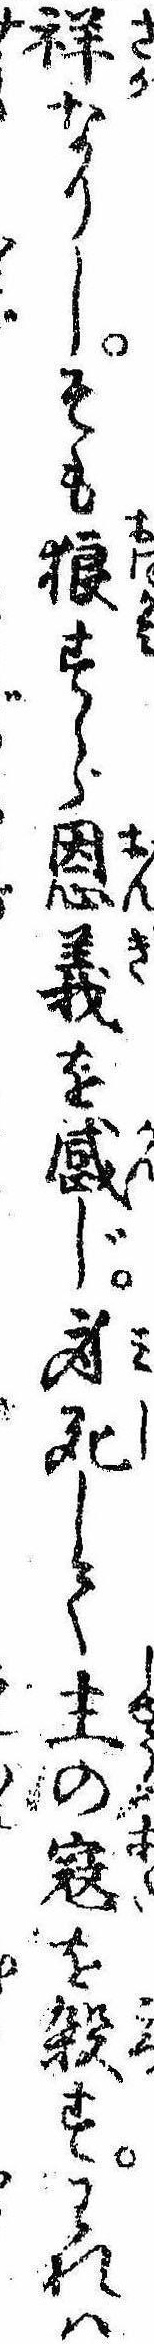
祥なりしそも狼すら恩義を感じ身死して主の寇を殺すわれは